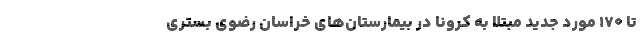
تا ۱۷۰ مورد جدید مبتلا به کرونا در بیمارستان‌های خراسان رضوی بستری